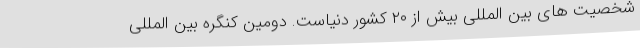
شخصیت های بین المللی بیش از ۲۰ کشور دنیاست. دومین کنگره بین المللی